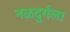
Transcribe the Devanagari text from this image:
नळदुर्गला